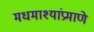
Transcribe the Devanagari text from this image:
मधमाश्यांप्रमाणे